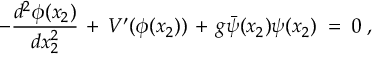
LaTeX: - \frac { d ^ { 2 } \phi ( x _ { 2 } ) } { d x _ { 2 } ^ { 2 } } \, + \, V ^ { \prime } ( \phi ( x _ { 2 } ) ) \, + \, g { \bar { \psi } } ( x _ { 2 } ) \psi ( x _ { 2 } ) \; = \; 0 \; ,